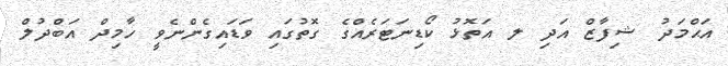
އަޙްމަދު ޝިފާޒް އަދި ލ އަތޮޅު ކޯޑިނަޓަރެއްގެ ގޮތުގައި ވަޑައިގެންނެވީ ހާމިދް އަބްދުލް